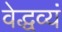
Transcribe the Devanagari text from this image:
वेद्धव्यं